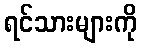
ရင်သားများကို